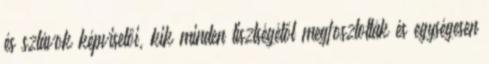
és szlávok képviselői, kik minden tisztségétől megfosztották és egységesen